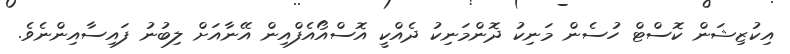
އިކުޒިޝަން ކޮސްޓް ހުސެން މަނިކު ދޮންމަނިކު ދެއްކީ އޮސްއޯއެފްއިން އޭނާއަށް ލިބުނު ފައިސާއިންނެވެ.